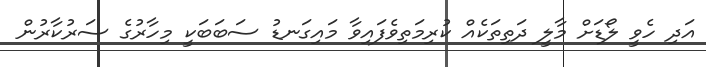
އަދި ހެވީ ލޯޑަށް މާލީ ދަތިތަކެއް ކުރިމަތިވެފައިވާ މައިގަނޑު ސަބަބަކީ މިހާރުގެ ސަރުކާރުން